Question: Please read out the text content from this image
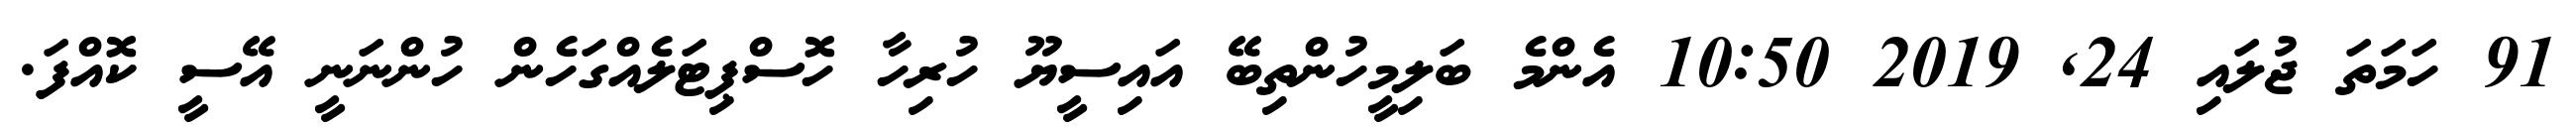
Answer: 91 ހަމަތަ ޖުލައި 24, 2019 10:50 އެންމެ ބަލިމީހުންތިބޭ އައިސީޔޫ ހުރިހާ ހޮސްޕިޓަލެއްގަހެން ހުންނަނީ އޭސީ ކޮއްފަ.